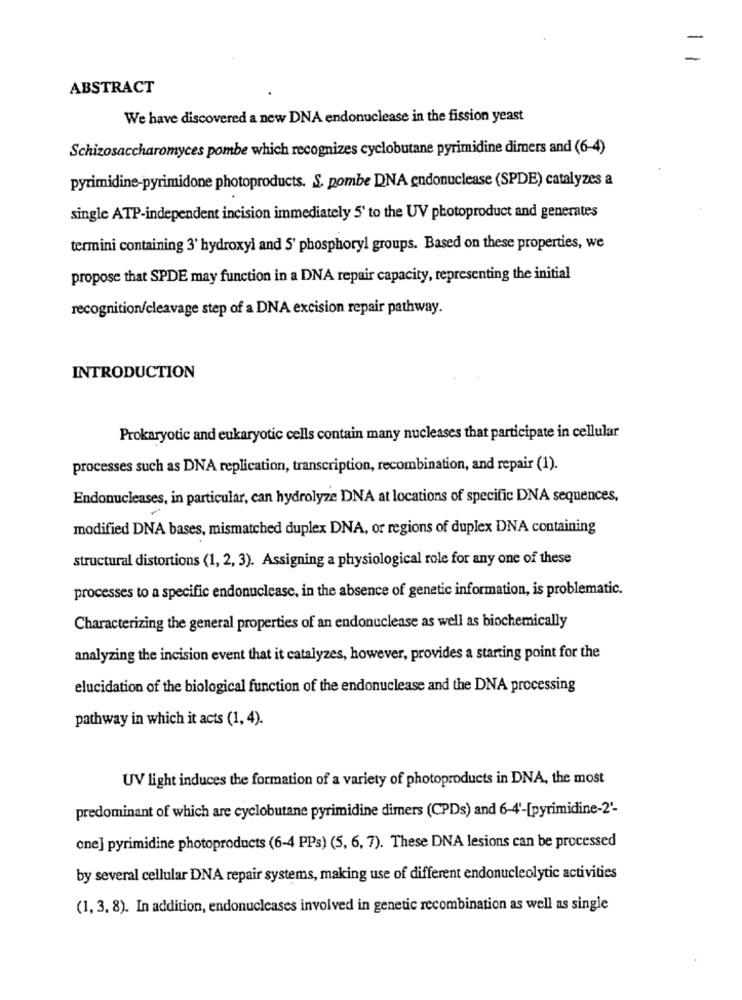
ABSTRACT
We have discovered a new DNA endonuclease in the fission yeast
Schizosaccharomyces pombe which recognizes cyclobutane pyrimidine dimers and (6-4)
pyrimidine-pyrimidone photoproducts. S. pombe DNA endonuclease (SPDE) catalyzes a
single ATP-independent incision immediately 5' to the UV photoproduct and generates
termini containing 3' hydroxyl and 5' phosphoryl groups. Based on these properties, we
propose that SPDE may function in a DNA repair capacity, representing the initial
recognition/cleavage step of a DNA excision repair pathway.
INTRODUCTION
Prokaryotic and eukaryotic cells contain many nucleases that participate in cellular
processes such as DNA replication, transcription, recombination, and repair (1).
Endonucleases, in particular, can hydrolyze DNA at locations of specific DNA sequences,
modified DNA bases, mismatched duplex DNA, or regions of duplex DNA containing
structural distortions (1, 2, 3). Assigning a physiological role for any one of these
processes to a specific endonuclease, in the absence of genetic information, is problematic.
Characterizing the general properties of an endonuclease as well as biochemically
analyzing the incision event that it catalyzes, however, provides a starting point for the
elucidation of the biological function of the endonuclease and the DNA processing
pathway in which it acts (1, 4).
UV light induces the formation of a variety of photoproducts in DNA, the most
predominant of which are cyclobutane pyrimidine dimers (CPDs) and 6-4'-[pyrimidine-2'-
one] pyrimidine photoproducts (6-4 PPs) (5, 6, 7). These DNA lesions can be processed
by several cellular DNA repair systems, making use of different endonucleolytic activities
(1, 3, 8). In addition, endonucleases involved in genetic recombination as well as single